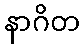
နာဂိတ